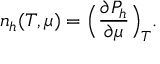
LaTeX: n _ { h } ( T , \mu ) = \Bigl ( { \frac { \partial P _ { h } } { \partial \mu } } \Bigr ) _ { T } .